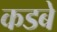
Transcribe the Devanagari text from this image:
कडबे